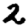
Digit: 2